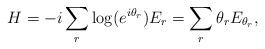
LaTeX: \begin{align*}H=-i\sum_r \log(e^{i\theta_r})E_r=\sum_r \theta_r E_{\theta_r},\end{align*}